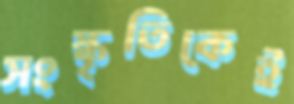
সংস্কৃতিকেই